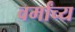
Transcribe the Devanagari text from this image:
वर्मांच्य